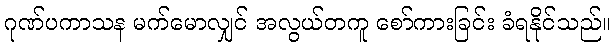
ဂုဏ်ပကာသန မက်မောလျှင် အလွယ်တကူ စော်ကားခြင်း ခံရနိုင်သည်။